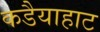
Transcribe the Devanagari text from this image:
कडैयाहाट